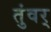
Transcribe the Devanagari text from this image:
तुंवर्